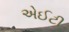
એઈટી